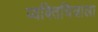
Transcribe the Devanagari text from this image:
व्यक्तिचित्राला